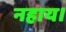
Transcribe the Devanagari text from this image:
नहाय।